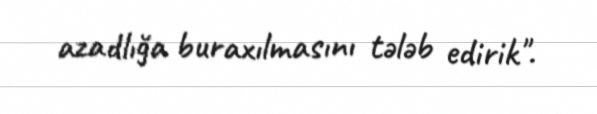
azadlığa buraxılmasını tələb edirik".